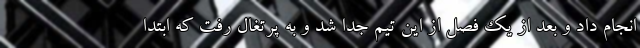
انجام داد و بعد از یک فصل از این تیم جدا شد و به پرتغال رفت که ابتدا